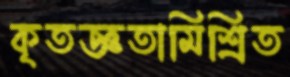
কৃতজ্ঞতামিশ্রিত